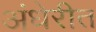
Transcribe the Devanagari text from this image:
अंधेरीत